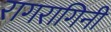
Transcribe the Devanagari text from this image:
रागरागिनी